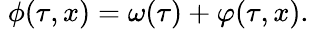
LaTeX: \; \phi(\tau,x)=\omega(\tau)+\varphi(\tau,x).